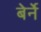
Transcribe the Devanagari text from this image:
बेर्ने